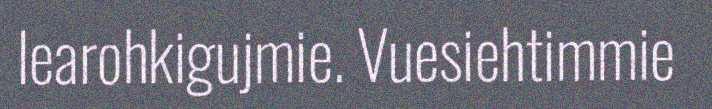
learohkigujmie. Vuesiehtimmie